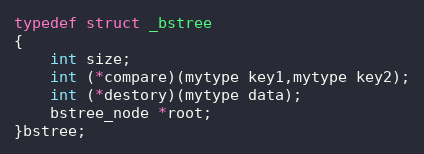
Language: C
typedef struct _bstree
{
    int size;
    int (*compare)(mytype key1,mytype key2);
	int (*destory)(mytype data);
	bstree_node *root;
}bstree;